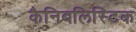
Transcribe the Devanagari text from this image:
कैनिबलिस्टिक